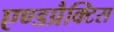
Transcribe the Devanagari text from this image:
एण्डप्रैक्टिस